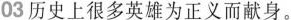
03历史上很多英雄为正义而献身。